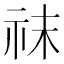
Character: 𥘯